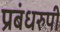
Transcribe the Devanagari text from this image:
प्रबंधरुपी